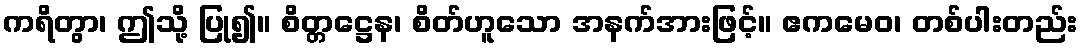
ကရိတွာ၊ ဤသို့ ပြု၍။ စိတ္တဋ္ဌေန၊ စိတ်ဟူသော အနက်အားဖြင့်။ ဧကမေဝ၊ တစ်ပါးတည်း